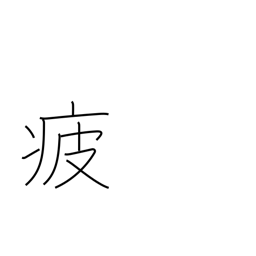
Meaning: weary